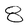
Character: 8